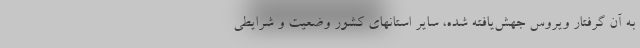
به آن گرفتار ویروس جهش‌یافته شده، سایر استانهای کشور وضعیت و شرایطی